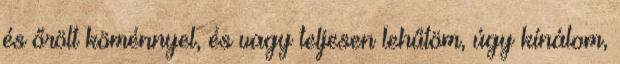
és őrölt köménnyel, és vagy teljesen lehűtöm, úgy kínálom,